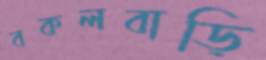
বকলবাড়ি